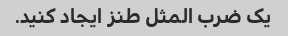
یک ضرب المثل طنز ایجاد کنید.